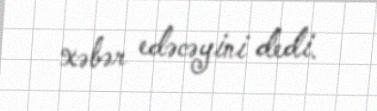
xəbər edəcəyini dedi.